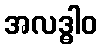
အလဒ္ဓါဝ